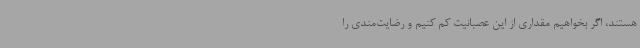
هستند، اگر بخواهیم مقداری از این عصبانیت کم کنیم و رضایت‌مندی را